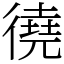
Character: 徺